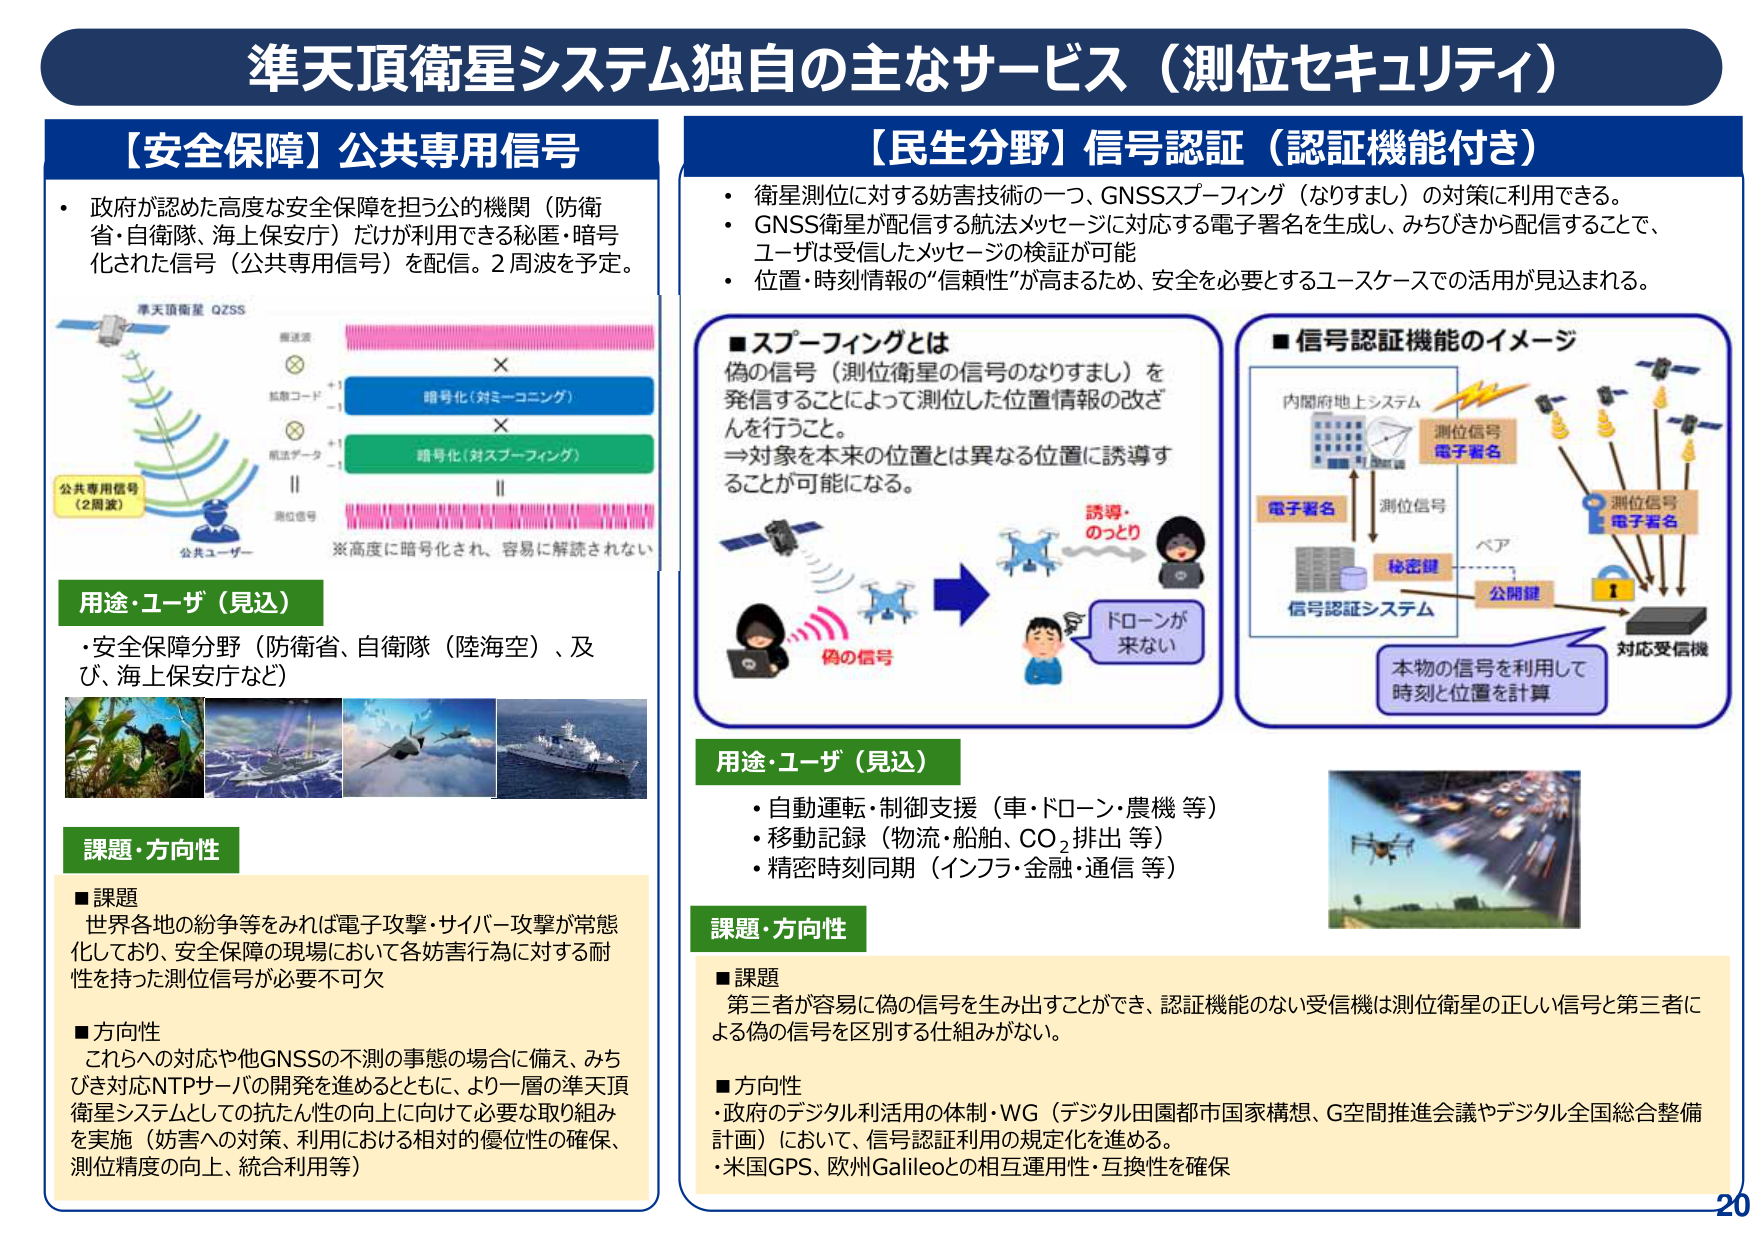
準天頂衛星システム独自の主なサービス（測位セキュリティ）

【安全保障】公共専用信号
・政府が認めた高度な安全保障を担う公的機関（防衛省・自衛隊、海上保安庁）だけが利用できる秘匿・暗号化された信号（公共専用信号）を配信。2周波を予定。

準天頂衛星 QZSS
■暗号化（対ミーコニング）
■暗号化（対スプーフィング）
■公共専用信号（2周波）
■公共ユーザー
※高度に暗号化され、容易に解読されない

用途・ユーザ（見込）
・安全保障分野（防衛省、自衛隊（陸海空）、及び、海上保安庁など）

課題・方向性
■課題
世界各地の紛争等をみれば電子攻撃・サイバー攻撃が常態化しており、安全保障の現場において各妨害行為に対する耐性を持った測位信号が必要不可欠

■方向性
これらへの対応や他GNSSの不測の事態の場合に備え、みちびき対応NTPサーバの開発を進めるとともに、より一層の準天頂衛星システムとしての拡大利用の向上に向けて必要な取り組みを実施（妨害への対策、利用における相対的優位性の確保、測位精度の向上、統合利用等）

【民生分野】信号認証（認証機能付き）
・衛星測位に対する妨害技術の一つ、GNSSスプーフィング（なりすまし）の対策に利用できる。
・GNSS衛星が配信する航法メッセージに対応する電子署名を生成し、みちびきから配信することで、ユーザは受信したメッセージの検証が可能
・位置・時刻情報の“信頼性”が高まるため、安全を必要とするユースケースでの活用が見込まれる。

■スプーフィングとは
偽の信号（測位衛星の信号のなりすまし）を発信することによって測位した位置情報の改ざんを行うこと。
⇒対象を本来の位置とは異なる位置に誘導することが可能になる。

■信号認証機能のイメージ
内閣府地上システム
測位信号
電子署名
電子署名
測位信号
秘密鍵
公開鍵
信号認証システム
対応受信機
本物の信号を利用して
時刻と位置を計算

用途・ユーザ（見込）
・自動運転・制御支援（車・ドローン・農機 等）
・移動記録（物流・船舶、CO₂排出 等）
・精密時刻同期（インフラ・金融・通信 等）

課題・方向性
■課題
第三者が容易に偽の信号を生み出すことができ、認証機能のない受信機は測位衛星の正しい信号と第三者による偽の信号を区別する仕組みがない。

■方向性
・政府のデジタル利活用の体制・WG（デジタル田園都市国家構想、G空間推進会議やデジタル全国総合整備計画）において、信号認証利用の規定化を進める。
・米国GPS、欧州Galileoとの相互運用性・互換性を確保

20